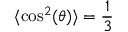
\langle \cos ^ { 2 } ( \theta ) \rangle = \frac { 1 } { 3 }